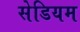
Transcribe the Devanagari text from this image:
सेडियम